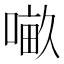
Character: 𠺖